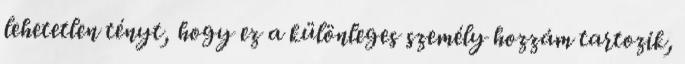
lehetetlen tényt, hogy ez a különleges személy hozzám tartozik,